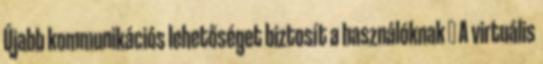
Újabb kommunikációs lehetőséget biztosít a használóknak  A virtuális